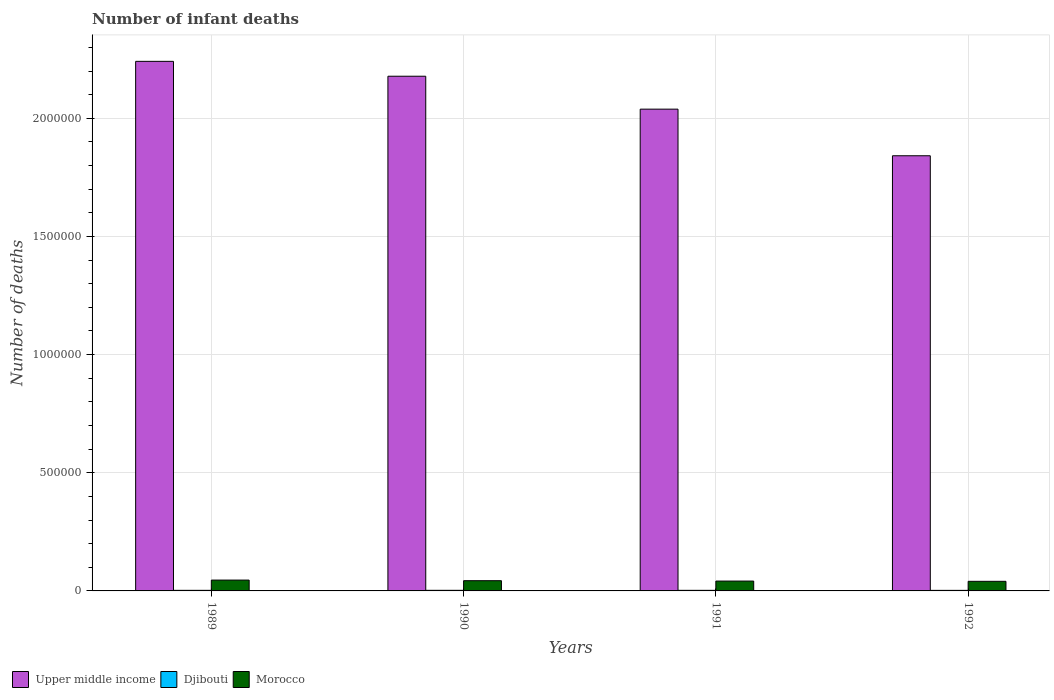
| Years | Upper middle income | Djibouti | Morocco |
 | --- | --- | --- | --- |
 | 1989 | 2.24e+06 | 2.46e+03 | 4.59e+04 |
 | 1990 | 2.18e+06 | 2.53e+03 | 4.33e+04 |
 | 1991 | 2.04e+06 | 2.51e+03 | 4.17e+04 |
 | 1992 | 1.84e+06 | 2.38e+03 | 4.06e+04 |